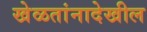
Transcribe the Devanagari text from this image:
खेळतांनादेखील